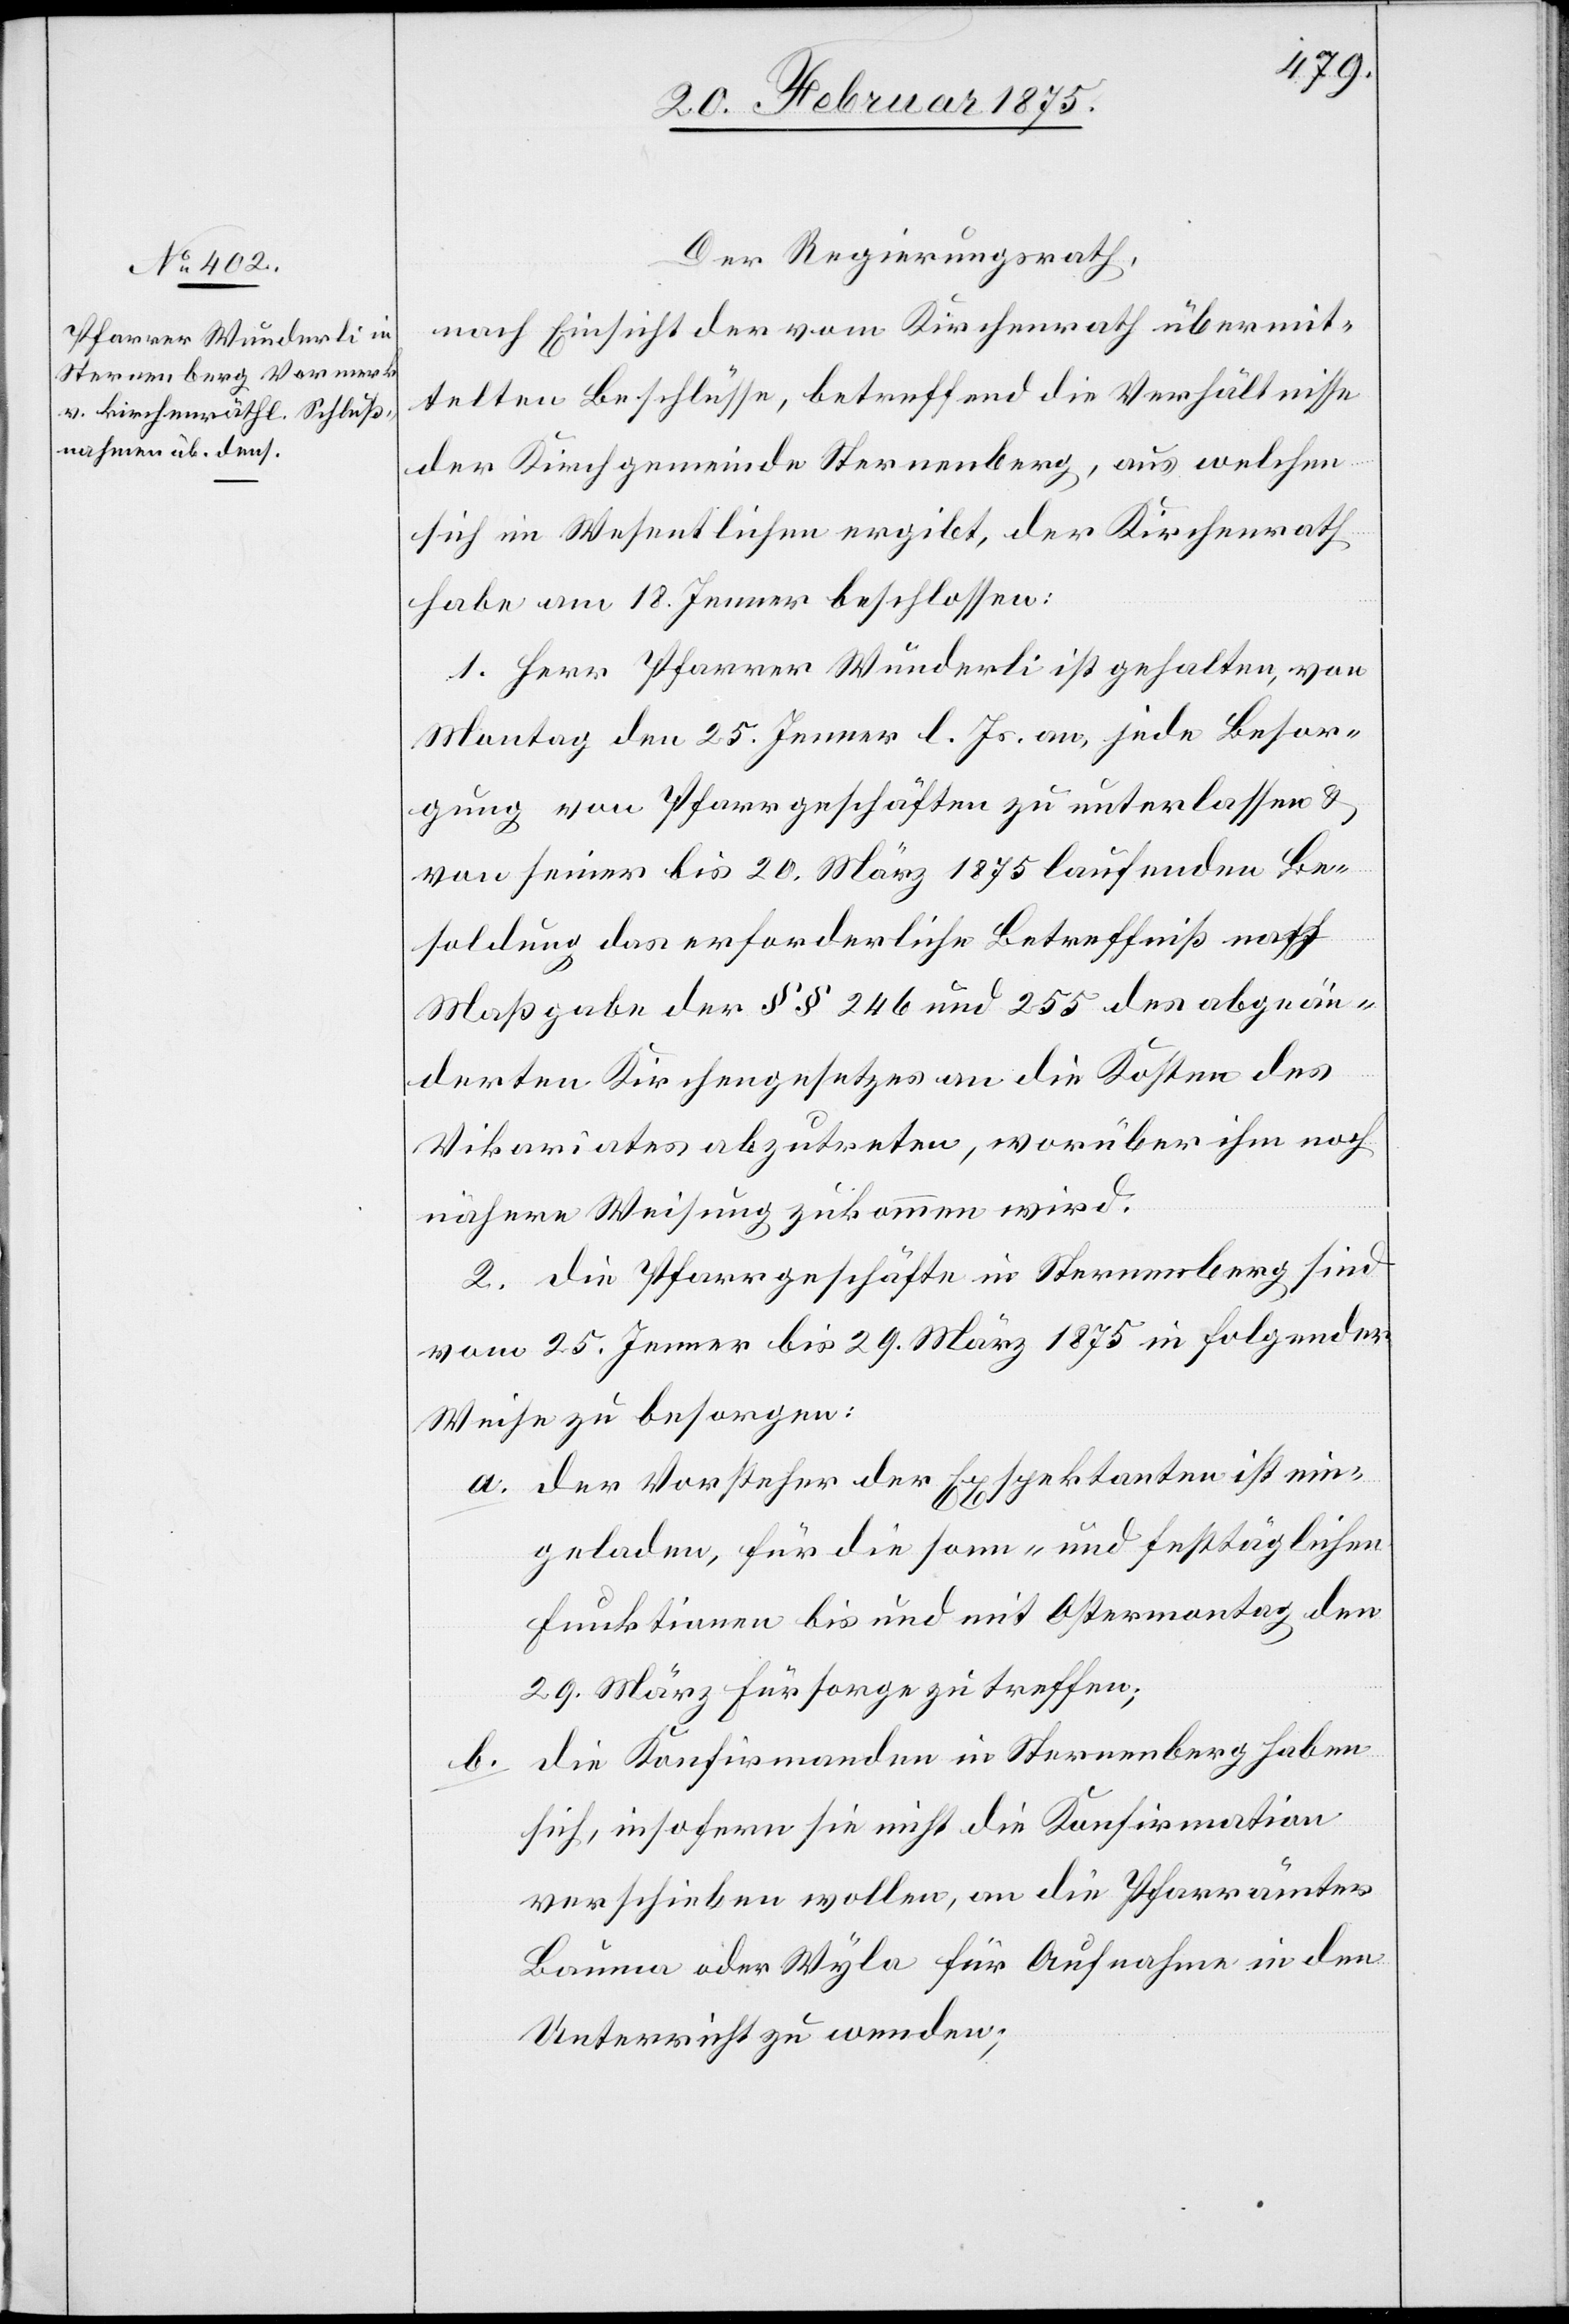
Der Regierungsrath,
nach Einsicht der vom Kirchenrath übermit¬
telten Beschlüsse, betreffend die Verhältnisse
der Kirchgemeinde Sternenberg, aus welchen
sich im Wesentlichen ergibt, der Kirchenrath
habe am 18. Jenner beschlossen:
1. Herr Pfarrer Wunderli ist gehalten, von
Montag den 25. Jenner l. Js. an, jede Besor¬
gung von Pfarrgeschäften zu unterlassen &
von seiner bis 20. März 1875 laufenden Be¬
soldung das erforderliche Betreffniß nach
Maßgabe der §§ 246 und 255 des abgeän¬
derten Kirchengesetzes an die Kosten des
Vikariates abzutreten, worüber ihm noch
nähere Weisung zukommen wird.
2. Die Pfarrgeschäfte in Sternenberg sind
vom 25. Jenner bis 29. März 1875 in folgender
Weise zu besorgen:
a. der Vorsteher der Exspektanten ist ein¬
geladen, für die sonn- und festtäglichen
Funktionen bis und mit Ostermontag den
29. März Fürsorge zu treffen;
die Konfirmanden in Sternenberg haben
b.
sich, insofern sie nicht die Konfirmation
verschieben wollen, an die Pfarrämter
Bauma oder Wyla für Aufnahme in den
Unterricht zu wenden;